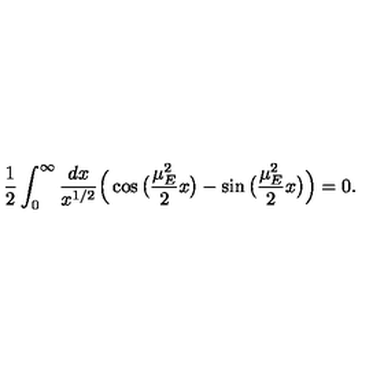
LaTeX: \frac { 1 } { 2 } \int _ { 0 } ^ { \infty } \frac { d x } { x ^ { 1 / 2 } } \Big ( \cos \big ( \frac { \mu _ { E } ^ { 2 } } { 2 } x \big ) - \sin \big ( \frac { \mu _ { E } ^ { 2 } } { 2 } x \big ) \Big ) = 0 .